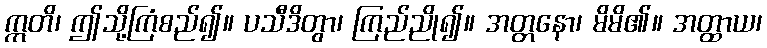
ဣတိ၊ ဤသို့ကြံစည်၍။ ပသီဒိတွာ၊ ကြည်ညို၍။ အတ္တနော၊ မိမိ၏။ အတ္ထာယ၊